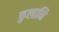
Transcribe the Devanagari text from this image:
कुलानि